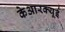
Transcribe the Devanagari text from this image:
केआरक्यूई